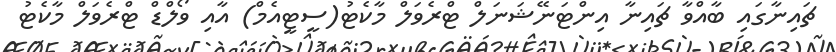
ޗައިނާގައި ބާއްވާ ޗައިނާ އިންޓަނޭޝަނަލް ޓްރެވަލް މާކެޓު(ސީޓީއެމް) އާއި ވޯލްޑް ޓްރެވަލް މާކެޓު